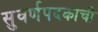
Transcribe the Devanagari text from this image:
सुवर्णपदकांची